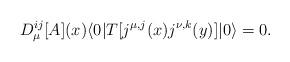
LaTeX: \begin{align*}D_{\mu}^{ij}[A](x)\langle 0|T[j^{\mu ,j}(x)j^{\nu ,k}(y)]|0 \rangle=0.\end{align*}